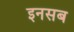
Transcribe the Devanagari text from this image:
इनसब